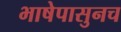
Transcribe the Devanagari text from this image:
भाषेपासुनच